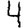
Digit: 4